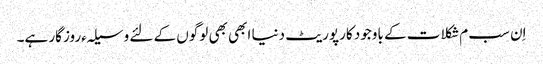
اِن سب م شکلات کے باوجود کارپوریٹ دنیا ابھی بھی لوگوں کے لئے وسیلہءروزگار ہے۔